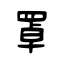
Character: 罩